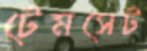
টেমসেট